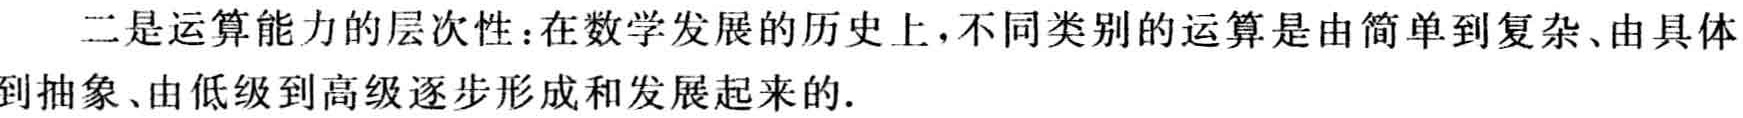
二是运算能力的层次性：在数学发展的历史上，不同类别的运算是由简单到复杂、由具体到抽象、由低级到高级逐步形成和发展起来的.